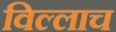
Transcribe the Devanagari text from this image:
विल्लाच